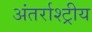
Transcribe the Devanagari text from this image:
अंतर्राश्ट्रीय